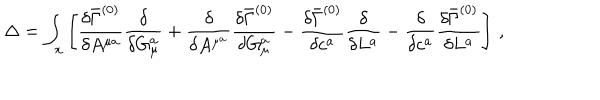
{ \Delta } = \displaystyle \int _ { x } \left[ \frac { { \delta } \bar { \Gamma } ^ { ( 0 ) } } { { \delta } A ^ { \mu a } } \frac { { \delta } } { { \delta } G _ { \mu } ^ { a } } + \frac { { \delta } } { { \delta } A ^ { \mu ^ { a } } } \frac { { \delta } \bar { \Gamma } ^ { ( 0 ) } } { { \delta } G _ { \mu } ^ { a } } - \frac { { \delta } \bar { \Gamma } ^ { ( 0 ) } } { { \delta } c ^ { a } } \frac { { \delta } } { { \delta } L ^ { a } } - \frac { { \delta } } { { \delta } c ^ { a } } \frac { { \delta } \bar { \Gamma } ^ { ( 0 ) } } { { \delta } L ^ { a } } \right] \, ,